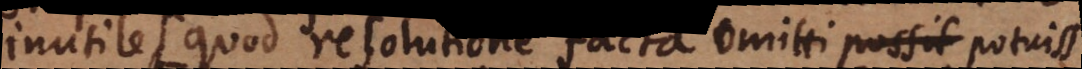
inutile (: quod resolutione facta omitti possit potuisse